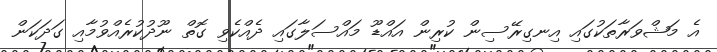
އެ މަޝްވަރާތަކުގައި އިނގިރޭސިން ކުރިން އައްޑޫ މައްސަލާގައި ދެއްކެވި ގޮތް ނޫދުކުރެއްވުމާއި ގަދަކަން